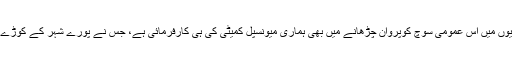
ہاں یہ بھی اہم بات ہے کہ شہریوں میں اس عمومی سوچ کوپروان چڑھانے میں بھی ہماری میونسپل کمیٹی کی ہی کارفرمائی ہے، جس نے پورے شہر کے کوڑے کو کھلی چھٹی دے رکھی ہے۔